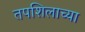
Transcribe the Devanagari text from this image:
तपशिलाच्या